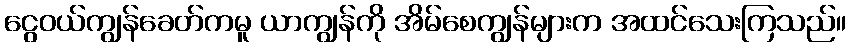
ငွေဝယ်ကျွန်ခေတ်ကမူ ယာကျွန်ကို အိမ်စေကျွန်များက အထင်သေးကြသည်။